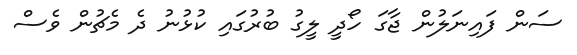
ސަން ފައިނަލުން ޖާގަ ހޯދީ ލީގު ބުރުގައި ކުޅުނު ދެ މެޗުން ވެސް